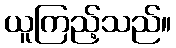
ယူကြည့်သည်။